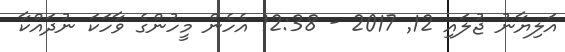
އަލިޔާނު ޖުލައި 12